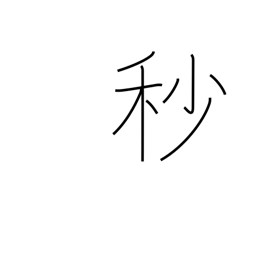
Meaning: second (1/60 minute)